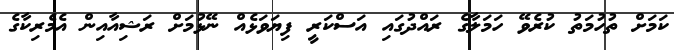
ކަމަށް ތުހުމަތު ކުރެވޭ ހަމަލާގެ ރައްދުގައި އަސްކަރީ ފިޔަވަޅެއް ނޭޅުމަށް ރަޝިއާއިން އެމެރިކާގެ